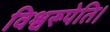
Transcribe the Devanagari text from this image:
विश्वरूपेति।